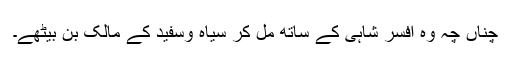
چناں چہ وہ افسر شاہی کے ساتھ مل کر سیاہ وسفید کے مالک بن بیٹھے۔